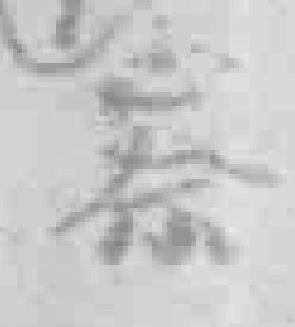
察